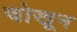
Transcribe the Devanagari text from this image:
चोखून